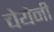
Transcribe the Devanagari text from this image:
चेयेनी